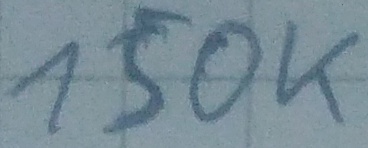
Text: 150K